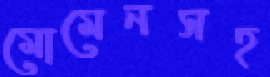
মোমেনসহ